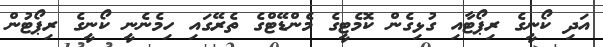
އަދި ކޯނީގެ ރިޕޯޓާއި ގުޅިގެން ކޮމެޓީގެ މެންޑޭޓްގެ ތެރޭގައި ހިމެނެނީ ކޯނީގެ ރިޕޯޓުން